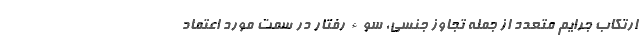
ارتکاب جرایم متعدد از جمله تجاوز جنسی، سوء رفتار در سمت مورد اعتماد